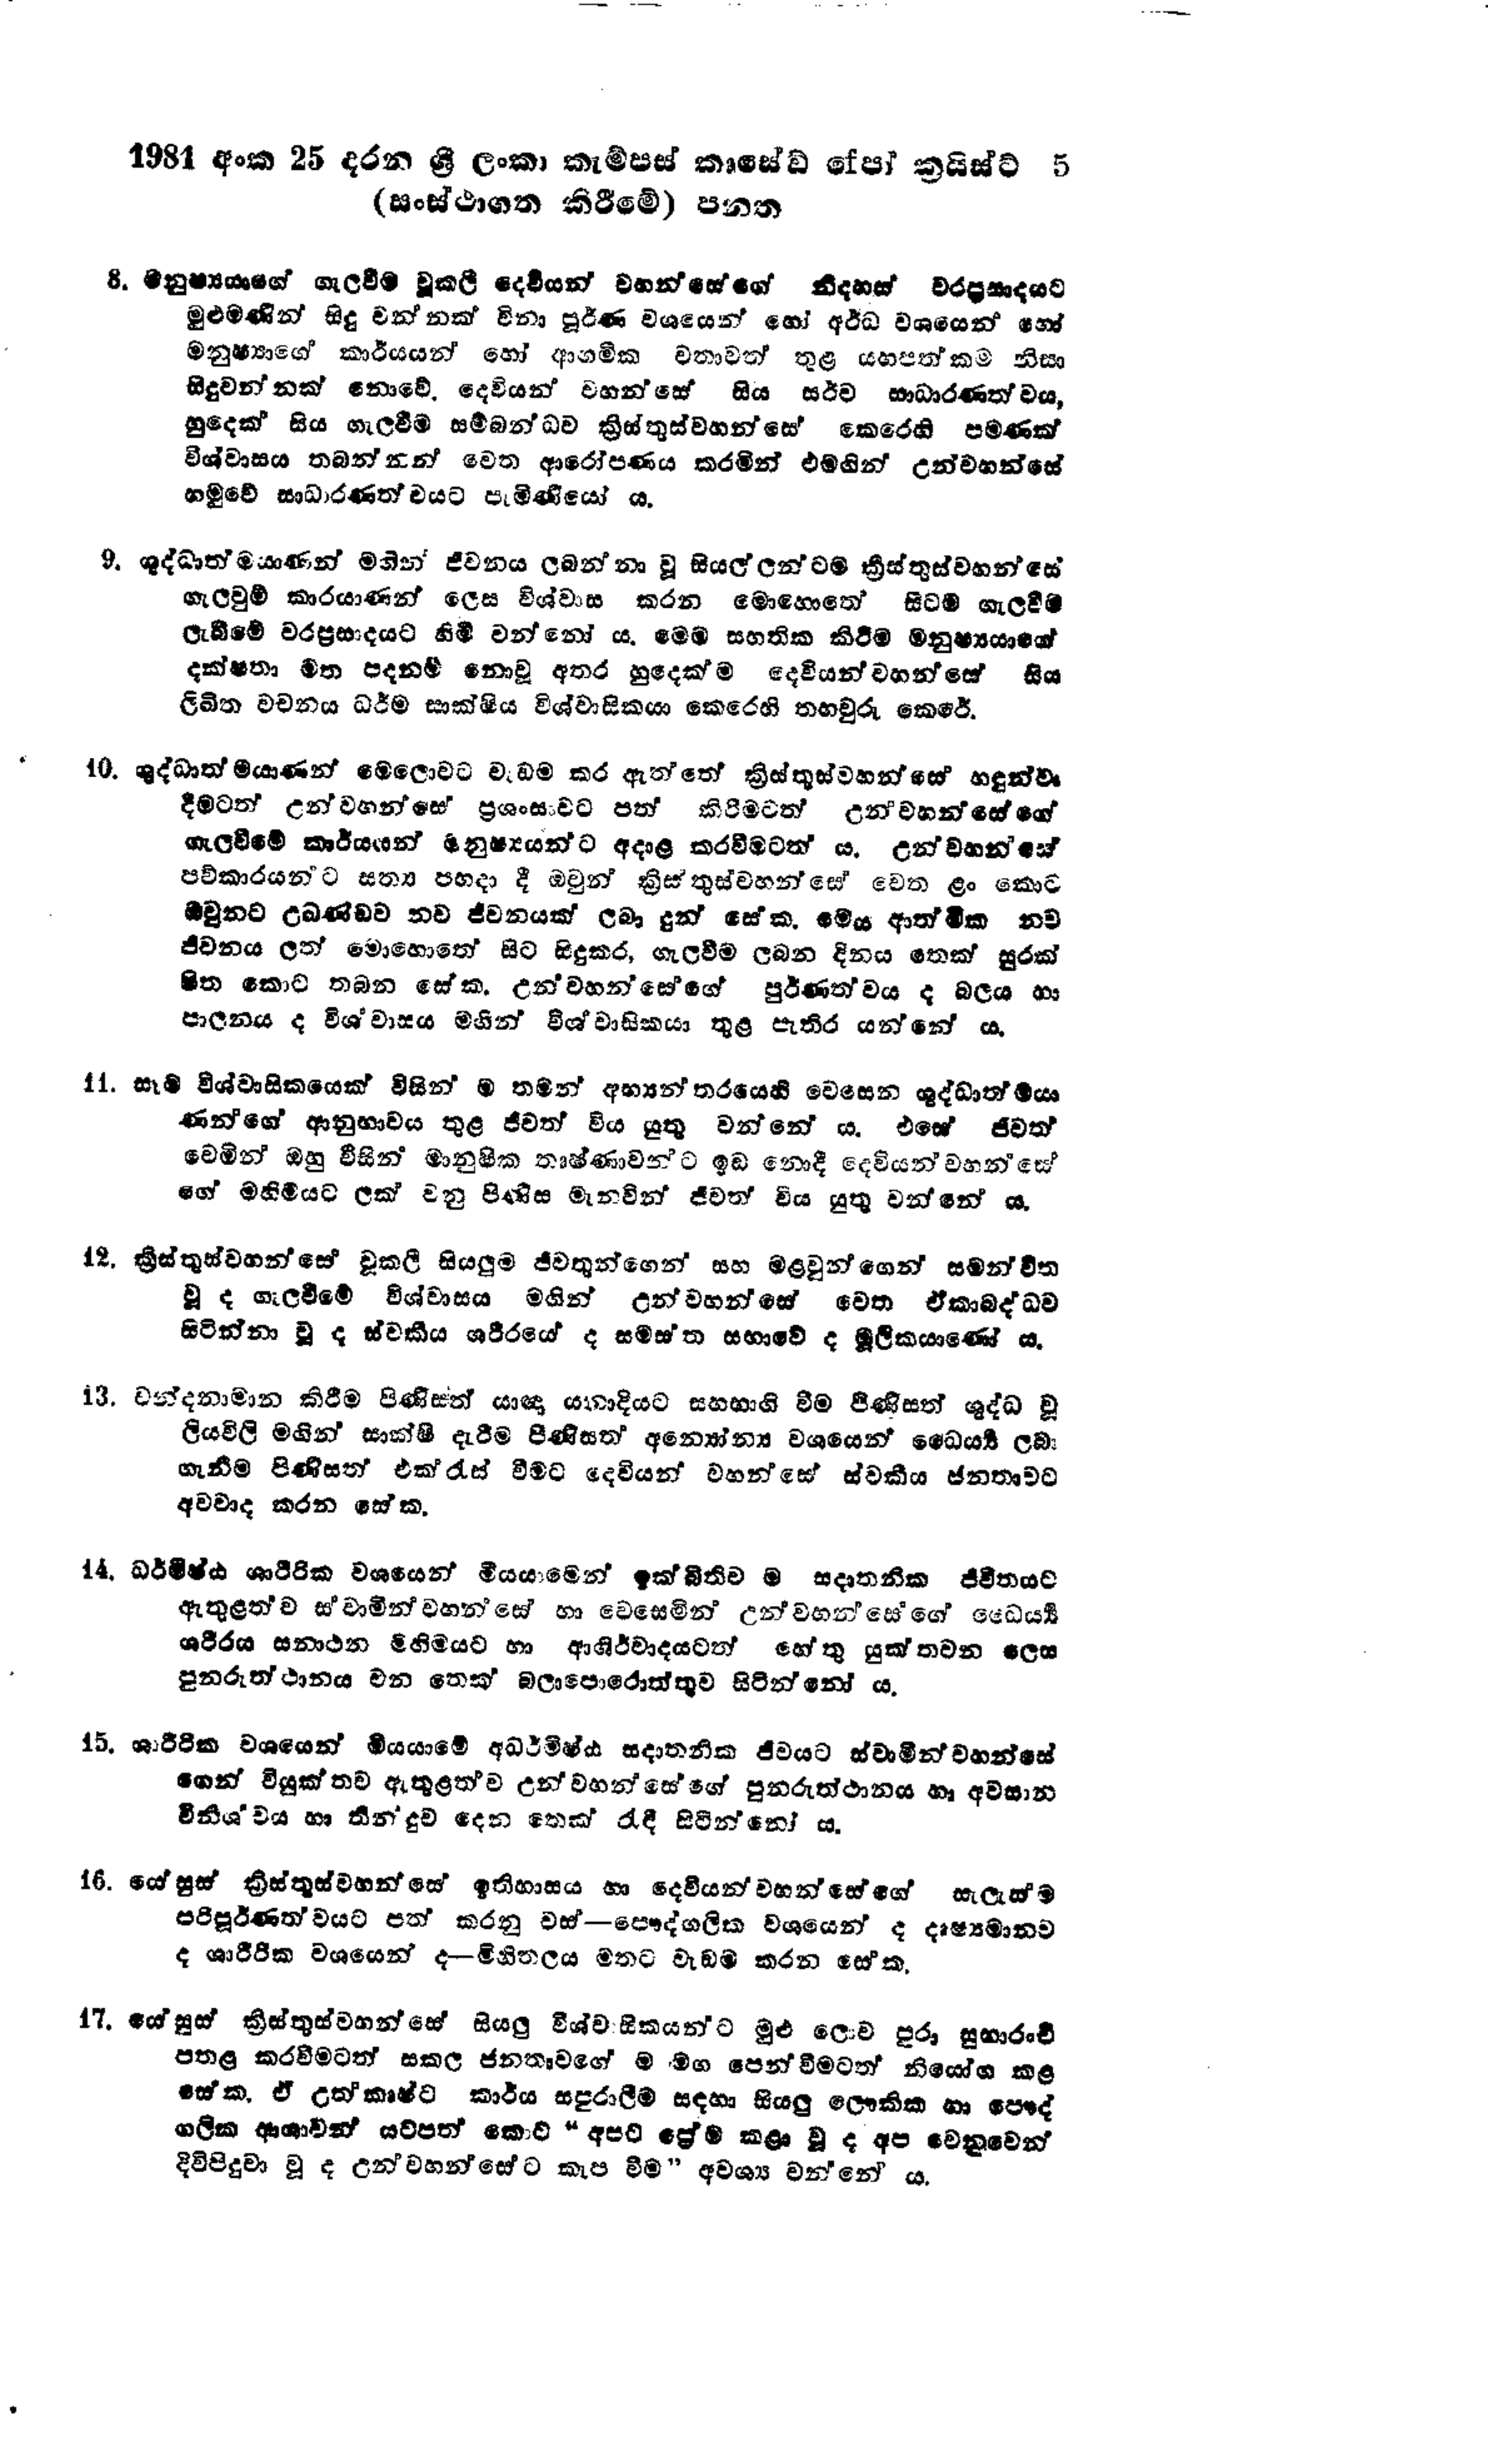
1981 අංක 25 දරන ශ්‍රී ලංකා කැම්පස් කෘසේඩ් පෝ ක්‍රෙයිස්ට්  5
(සංස්ථාගත කිරීමේ) පනත

8. මනුෂ්‍යයාගේ ගැලවීම වූ කලි දෙවියන් වහන්සේගේ නිදහස් වරප්‍රසාදයට
මුළුමණින් සිදු වන්නක් විනා පූර්ණ වශයෙන් හෝ අර්ධ වශයෙන් හෝ
මනුෂ්‍යාගේ කාර්යයන් හෝ ආගමික වතාවත් තුළ යහපත්කම නිසා
සිදුවන්නක් නොවේ. දෙවියන් වහන්සේ සිය සර්ව සාධාරණත්වය,
හුදෙක් සිය ගැලවීම සම්බන්ධව ක්‍රිස්තුස්වහන්සේ කෙරෙහි පමණක්
විශ්වාසය තබන්නන් වෙත ආරෝපණය කරමින් එමඟින් උන්වහන්සේ
හමුවේ සාධාරණත්වයට පැමිණියෝ ය.

9. ශුද්ධාත්මයාණන් මගින් ජීවනය ලබන්නා වූ සියල්ලන්ටම ක්‍රිස්තුස්වහන්සේ
ගැලවුම් කාරයාණන් ලෙස විශ්වාස කරන මොහොතේ සිටම ගැලවීම්
ලැබීමේ වරප්‍රසාදයට හිමි වන්නෝ ය. මෙම සහතික කිරීම මනුෂ්‍යයාගේ
දක්ෂතා මත පදනම් නොවූ අතර හුදෙක්ම දෙවියන්වහන්සේ සිය
ලිඛිත වචනය ධර්ම සාක්ෂිය විශ්වාසිකයා කෙරෙහි තහවුරු කෙරේ.

10. ශුද්ධාත්මයාණන් මෙලොවට වැඩම කර ඇත්තේ ක්‍රිස්තුස්වහන්සේ හඳුන්වා
දීමටත් උන්වහන්සේ ප්‍රශංසාවට පත් කිරීමටත් උන්වහන්සේගේ
ගැලවීමේ කාර්යයන් මනුෂ්‍යයන්ට අදාළ කරවීමටත් ය. උන්වහන්සේ
පව්කාරයන්ට සත්‍ය පහදා දී ඔවුන් ක්‍රිස්තුවහන්සේ වෙත ළං කොට
ඔවුනට උඛණ්ඩව නව ජීවනයක් ලබා දුන් සේක. මෙය ආත්මික නව
ජීවනය ලත් මොහොතේ සිට සිදුකර, ගැලවීම ලබන දිනය තෙක් සුරක්
ෂිත කොට තබන සේක. උන්වහන්සේගේ පූර්ණත්වය ද බලය හා
පාලනය ද විශාවාසය මගින් විශ්වාසිකයා තුළ පැතිර යන්නේ ය.

11. සෑම විශ්වාසිකයෙක් විසින් ම තමන් අභ්‍යන්තරයෙහි වෙසෙන ශුද්ධාත්මයා
ණන්ගේ ආනුභාවය තුළ ජීවත් විය යුතු වන්නේ ය. එසේ ජීවත්
වෙමින් ඔහු විසින් මානුෂික තෘෂ්ණාවන්ට ඉඩ නොදී දෙවියන්වහන්සේ
ගේ මහිමයට ලක් වනු පිණිස මැනවින් ජීවත් විය යුතු වන්නේ ය.

12. ක්‍රිස්තුස්වහන්සේ වූකලී සියලුම ජීවතුන්ගෙන් සහ මළවුන්ගෙන් සමන්විත
වූ ද ගැලවීමේ විශ්වාසය මගින් උන්වහන්සේ වෙත ඒකාබද්ධව
සිටින්නා වූ ද ස්වකීය ශරීරයේ ද සමස්ත සභාවේ ද මූලිකයාණෝ ය.

13. වන්දනාමාන කිරීම පිණිසත් යාඥා යනාදියට සහභාගි වීම පිණිසත් ශුද්ධ වූ
ලියවිලි මගින් සාක්ෂි දැරීම පිණිසත් අන්‍යෝන්‍ය වශයෙන් ධෛර්යය ලබා
ගැනීම පිණිසත් එක්රැස් වීමට දෙවියන් වහන්සේ ස්වකීය ජනතාවට
අවවාද කරන සේක.

14. ධර්මිෂ්ඨ ශාරීරික වශයෙන් මියයාමෙන් ඉ‍ක්බිතිව ම සදාතනික ජීවිතයට
ඇතුළත් ව ඒ ස්වාමීන් වහන්සේ හා වෙසෙමින් උන්වහන්සේගේ ධෛර්යය
ශරීරය සනාථන මිහිමයට හා ආශිර්වාදයටත් හේතු යුක්තවන ලෙස
පුනරුත්ථාපන වන තෙක් බලාපොරොත්තුව සිටින්නෝ ය.

15. ශාරීරික වශයෙන් මියයාමේ අධර්මිෂ්ඨ සදාතනික ජීවයට ස්වාමීන්වහන්සේ
ගෙන් වියුක්තව ඇතුළත්ව උන්වහන්සේගේ පුනරුත්ථානය හා අවසාන
විනිශචය හා තින්දුව දෙන තෙක් රැඳී සිටින්න්නෝ ය.

16. යේසුස් ක්‍රිස්තුස්වහන්සේ ඉතිහාසය හා දෙවියන්වහන්සේගේ සැලැක්ම
පරිපූර්ණත්වයට පත් කරනු වස් - පෞද්ගලික වශයෙන් ද දෘෂ්‍යමානව
ද ශාරීරික වශයෙන් ද - මිහිතලය මතට වැඩම කරන සේක.

17. යේසුස් ක්‍රිස්තුස්වහන්සේ සියලු විශ්වාසිකයන්ට මුළු ලොව පුරා සුභාරංචි
පතළ කරවීමටත් සකල ජනතාවගේ ම මඟ පෙන් වීමටත් නියෝග කළ
සේක. ඒ උත්කෘෂ්ට කාර්ය සපුරාලීම සඳහා සියලු ලෞකික හා පෞද්
ගලික ආශාවන් යටපත් කොට "අපට ප්‍රේම කළා වූ ද අප වෙනුවෙන්
දිවිපිදුවා වූ ද උන්වහන්සේට කැප වීම " අවශ්‍ය වන්නේ ය.